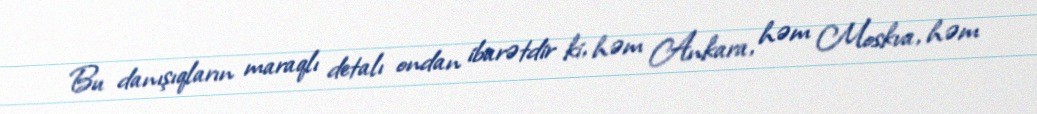
Bu danışıqların maraqlı detalı ondan ibarətdir ki, həm Ankara, həm Moskva, həm